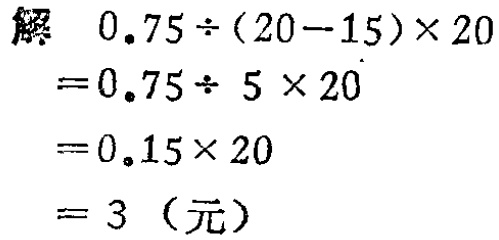
解
\[
\begin{align*}
&0.75\div(20 - 15)\times20\\
=&0.75\div5\times20\\
=&0.15\times20\\
=&3 \text{（元）}
\end{align*}
\]